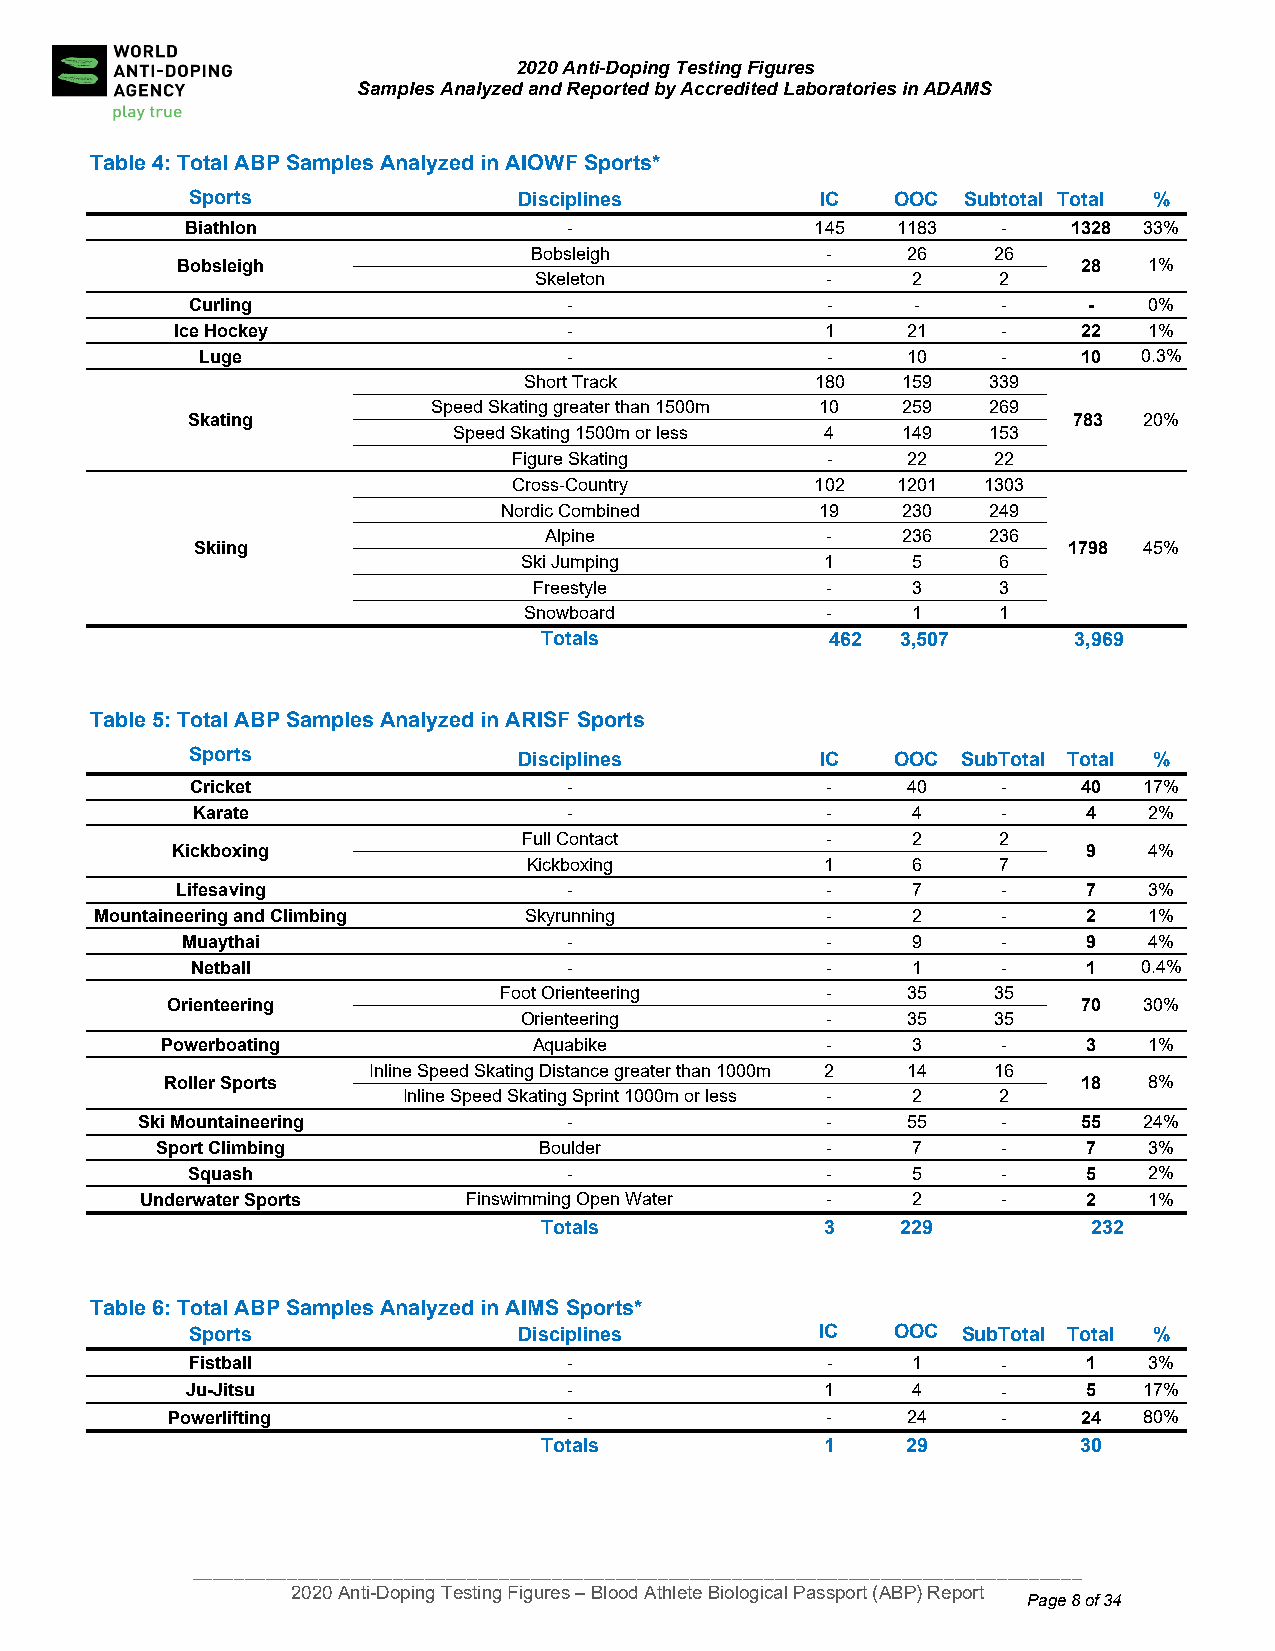
2020 Anti-Doping Testing Figures
 Samples Analyzed and Reported by Accredited Laboratories in ADAMS
 Table 4: Total ABP Samples Analyzed in AIOWF Sports*
 Sports               Disciplines         IC   OOC  Subtotal Total %
 B iathlon                 -               145  1183   -    1328 33%
 Bobsleigh           -    26    26
 Bobsleigh                                                   28  1%
 Skeleton            -    2     2
 Curling                  -                -    -     --        0%
 Ice Hockey                -                1    21    -     22  1%
 Luge                     -                -    10    -     10  0.3%
 Short Track        180   159  339
 Speed Skating greater than 1500m 10 259 269
 Skating                                                    783  20%
 Speed Skating 1500m or less 4 149  153
 Figure Skating       -    22    22
 Cross-Country       102  1201  1303
 Nordic Combined      19    230  249
 Alpine             -    236  236
 Skiing                                                    1798 45%
 Ski Jumping         1    5     6
 Freestyle           -    3     3
 Snowboard           -    1     1
 Totals             4 62 3 ,507     3,969
 Table 5: Total ABP Samples Analyzed in ARISF Sports
 Sports               Disciplines         IC   OOC  SubTotal Total %
 Cricket                  -                -    40    -     40  17%
 Karate                   -                -    4     -     4   2%
 Full Contact        -    2     2
 Kickboxing                                                   9   4%
 Kickboxing          1    6     7
 Lifesaving                -                -    7     -     7   3%
 Mountaineering and Climbing  Skyrunning          -    2     -     2   1%
 Muaythai                  -                -    9     -     9   4%
 Netball                  -                -    1     -     1   0.4%
 Foot Orienteering     -    35    35
 Or ienteering                                                70  30%
 Orienteering         -    35    35
 Powerboating            Aquabike            -    3     -     3   1%
 Inline Speed Skating Distance greater than 1000m 2 14 16
 Roller Sports                                                18  8%
 Inline Speed Skating Sprint 1000m or less - 2 2
 Ski Mo untaineering          -                -    55    -     55  24%
 Spo rt Climbing           Boulder            -    7     -     7   3%
 Squash                    -                -    5     -     5   2%
 Under water Sports    Finswimming Open Water  -    2     -     2   1%
 Totals             3    229         2 32
 Table 6: Total ABP Samples Analyzed in AIMS Sports*
 Sports               Disciplines         IC   OOC  SubTotal Total %
 Fistball                 -                -    1     -     1   3%
 Ju-Jitsu                  -                1    4     -     5   17%
 Powerlifting               -                -    24    -     24  80%
 Totals             1    29          30
 ____________________________________________________________________________________
 2020 Anti-Doping Testing Figures – Blood Athlete Biological Passport (ABP) Report
 Page 8 of 34